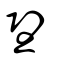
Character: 朢